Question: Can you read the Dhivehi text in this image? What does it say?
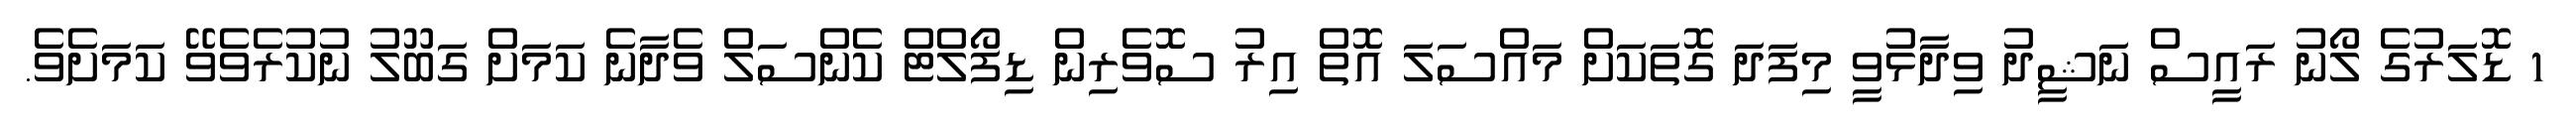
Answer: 1 ޑޮލަރުގެ ލޯނު ރައީސް ނަޝީދު ވިދާޅުވީ މިފަދަ ގޮތަކަށް މައްސަލަ އޮތް އިރު ސޮވެރިން ޑިފޯލްޓް ކެންސަލް ވެދާނެ ކަމަށް ގަބޫލު ނުކުރެވެވޭ ކަމަށެވެ.